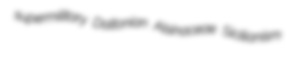
supermilitary Daltonian Alsinaceae Sicilianism